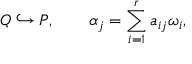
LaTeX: Q \hookrightarrow P , \qquad \alpha _ { j } = \sum _ { i = 1 } ^ { r } a _ { i j } \omega _ { i } ,